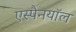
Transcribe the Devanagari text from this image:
एस्पैनयॉल